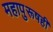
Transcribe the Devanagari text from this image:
महापुरूषही